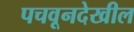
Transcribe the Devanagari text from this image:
पचवूनदेखील